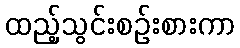
ထည့်သွင်းစဉ်းစားကာ